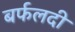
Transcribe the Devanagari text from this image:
बर्फलदी